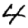
Digit: 4